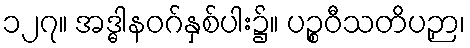
၁၂၇။ အဒ္ဓါနဝဂ်နှစ်ပါး၌။ ပဉ္စဝီသတိပဉှာ၊